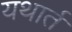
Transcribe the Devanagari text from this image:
यथार्त